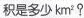
积是多少km?